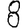
Digit: 8